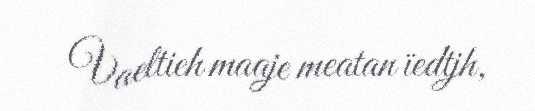
Vaeltieh maaje meatan ïedtjh,